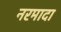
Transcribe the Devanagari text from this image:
नरमादा